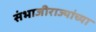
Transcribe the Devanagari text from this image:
संभाजीराज्यांच्या